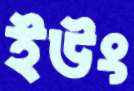
ইউং